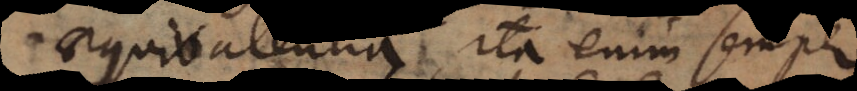
aequivalentia, ita enim semper